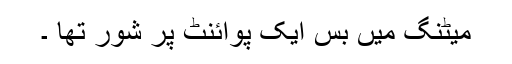
میٹنگ میں بس ایک پوائنٹ پر شور تھا ۔